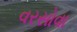
વરસોવા